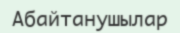
Абайтанушылар